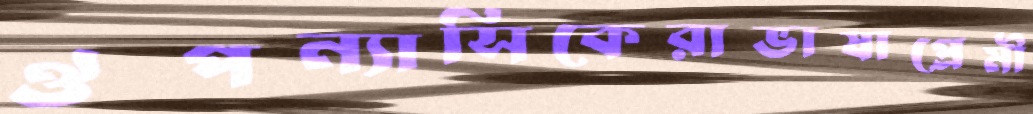
ঔপন্যাসিকেরাভাষাপ্রেমী